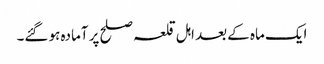
ایک ماہ کے بعد اہل قلعہ صلح پر آمادہ ہو گئے۔